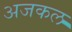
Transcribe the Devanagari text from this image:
अजकल